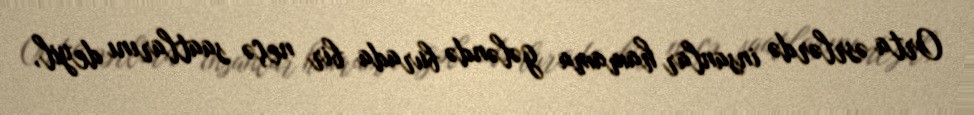
Orta əsrlərdə insanlar hamama gələndə burada bir neçə saatlarını deyil,